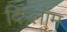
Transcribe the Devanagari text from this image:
दिप्लॉम